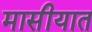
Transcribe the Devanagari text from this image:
मासीयात